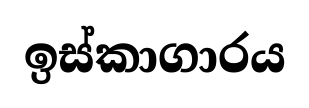
ඉස්කාගාරය